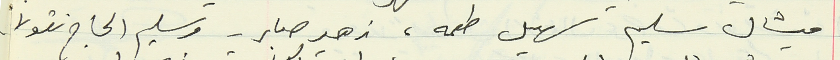
ميشال سليم سهيل طعمه، زهير صابر - وسليم الحاج نقولا.